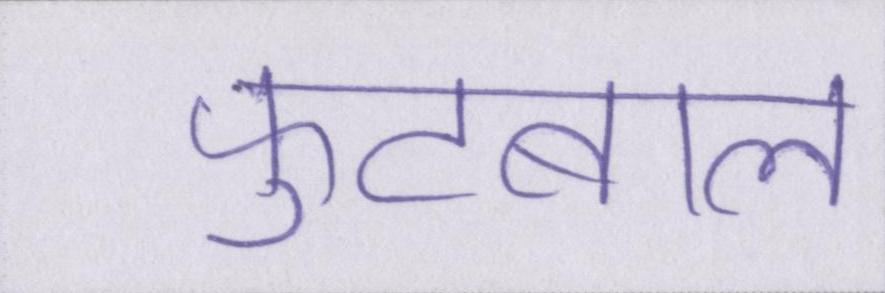
फुटबाल